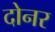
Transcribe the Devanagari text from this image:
दोनर